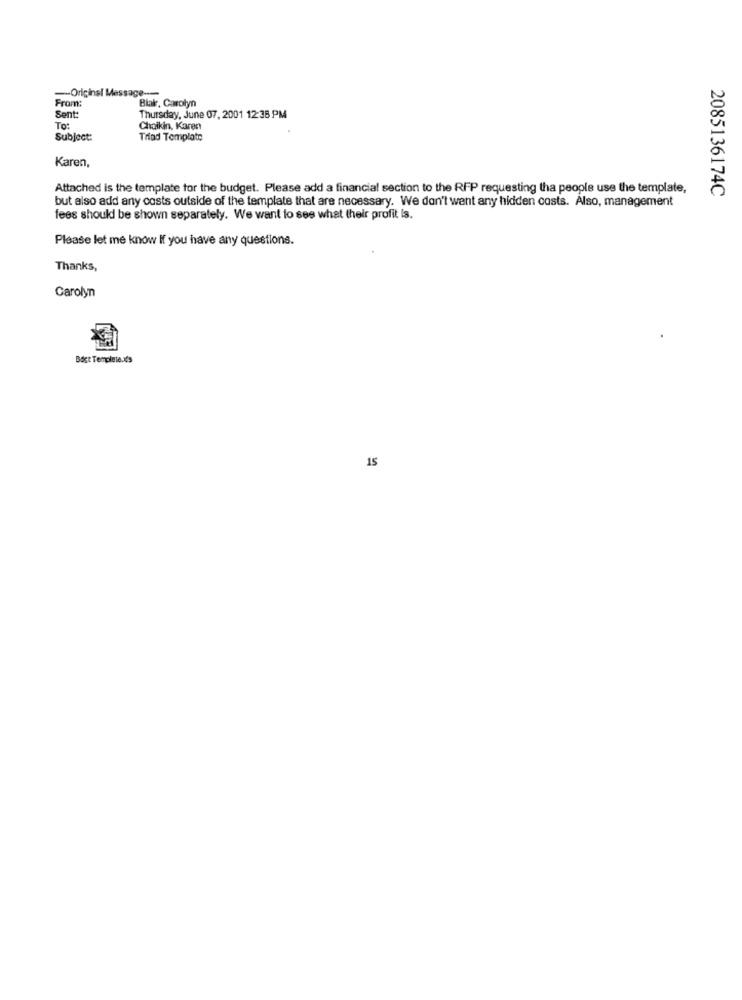
-Original Message ---
From:
Blak, Carolyn
Sent:
Thursday, June 07, 2001 12:38 PM
To:
Chaikin, Karen
Subject:
Triad Template
Karen,
Attached is the template for the budget. Please add a financial section to the RFP requesting tha people use the template,
2085136174C
but also add any costs outside of the template that are necessary. We don't went any hidden costs. Also, management
fees should be shown separately. We want to see what their profit is.
Please let me know If you have any questions.
Thanks,
Carolyn
Bast Templete.It's
15